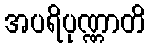
အပရိပုဏ္ဏာတိ